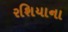
રશિયાના